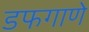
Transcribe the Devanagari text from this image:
डफगाणे